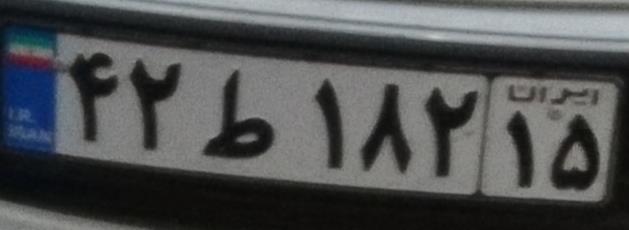
۴۲ط۱۸۲۱۵